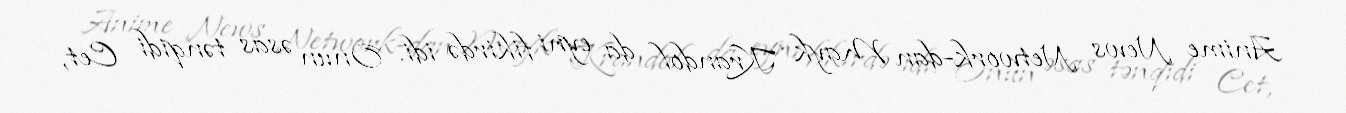
Anime News Network-dan Mayk Krandol da eyni fikirdə idi. Onun əsas tənqidi Cet,